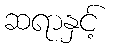
ဆရာနှင့်